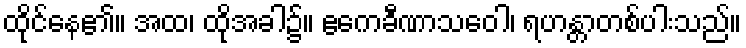
ထိုင်နေ၏။ အထ၊ ထိုအခါ၌။ ဧကေခီဏာသဝေါ၊ ရဟန္တာတစ်ပါးသည်။